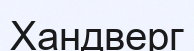
Хандверг